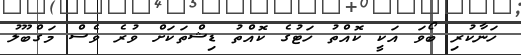
ހަނާކުރި ބޯވަ އަކީ ކޮއްތު ހަޓުގެ ކޮއްތު ޑިޝްތަކަށް ވުރެ ވެސް މަގްބޫލު